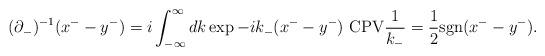
LaTeX: \begin{align*}(\partial_{-} )^{-1}(x^{-}- y^{-}) = i \int_{-\infty}^{\infty}dk \exp{-i k_{-} (x^{-}- y^{-})} \ {\rm \large CPV }\frac{1}{k_{-}} = \frac 1 2 {\rm sgn}(x^{-} - y^{-}).\end{align*}